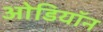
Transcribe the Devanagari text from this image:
ओडियॉन